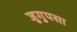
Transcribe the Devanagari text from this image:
जुगुपसा